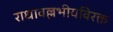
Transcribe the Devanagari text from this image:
राधावल्लभीयविरक्त